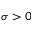
\sigma > 0